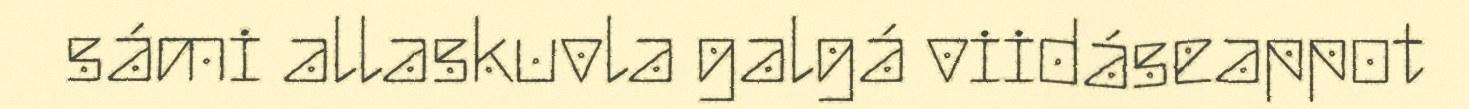
sámi allaskuvla galgá viidáseappot